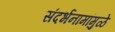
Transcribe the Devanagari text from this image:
संदर्भनामांमुळे